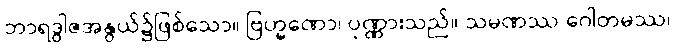
ဘာရဒွါဇအနွယ်၌ဖြစ်သော။ ဗြဟ္မဏော၊ ပုဏ္ဏားသည်။ သမဏဿ ဂေါတမဿ၊